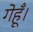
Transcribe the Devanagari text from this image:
गेहूँ।